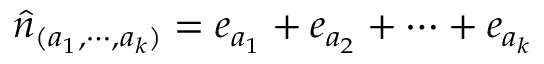
\hat { n } _ { ( a _ { 1 } , \cdots , a _ { k } ) } = e _ { a _ { 1 } } + e _ { a _ { 2 } } + \cdots + e _ { a _ { k } }